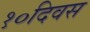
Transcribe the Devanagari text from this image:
१०दिवस